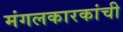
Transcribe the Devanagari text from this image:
मंगलकारकांची